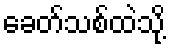
ခေတ်သစ်ထဲသို့